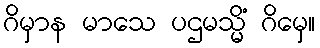
ဂိမှာန မာသေ ပဌမသ္မိံ ဂိမှေ။